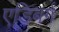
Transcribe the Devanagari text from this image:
एडिबर्ग